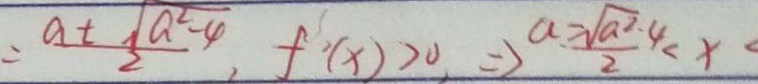
= \frac { a + \sqrt { a ^ { 2 } - 4 } } { 2 } , f ^ { 2 } ( x ) > 0 \Rightarrow \frac { a - \sqrt { a ^ { 2 } } - 4 } { 2 } < x